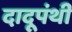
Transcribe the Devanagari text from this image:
दादूपंथी